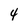
Character: 4